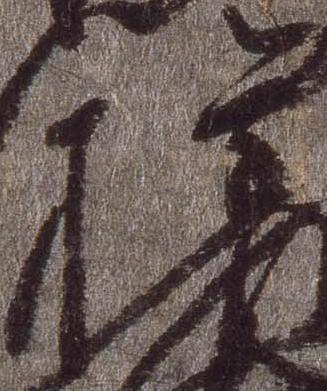
権